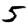
Digit: 5